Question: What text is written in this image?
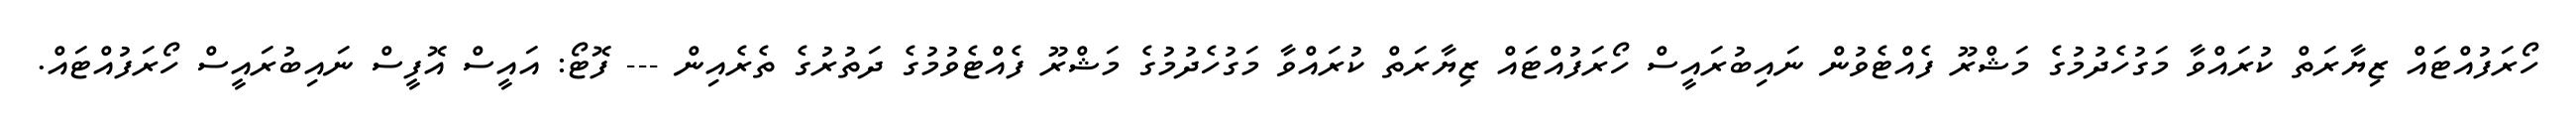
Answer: ހޯރަފުއްޓައް ޒިޔާރަތް ކުރައްވާ މަގުހެދުމުގެ މަޝްރޫ ފެއްޓެވުން ނައިބުރައީސް ހޯރަފުއްޓައް ޒިޔާރަތް ކުރައްވާ މަގުހެދުމުގެ މަޝްރޫ ފެއްޓެވުމުގެ ދަތުރުގެ ތެރެއިން --- ފޮޓޯ: އައީސް އޮފީސް ނައިބުރައީސް ހޯރަފުއްޓައް.